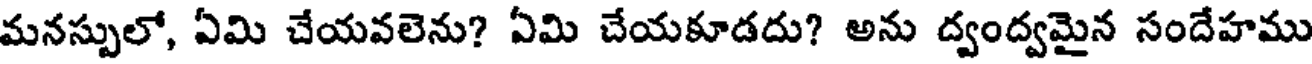
మనస్పులో, ఏమి చేయవలెను? ఏమి చేయకూడదు? అను ద్వంద్వమైన సందేహము